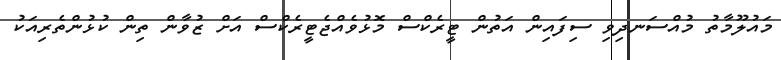
މައުލޫމާތު މުއްސަނދިވި ސިފައިން އަތުން ޓީރެކްސް މޮޅުވެއްޖެޓީރެކްސް އަށް ޒުވާން ތިން ކުޅުންތެރިއަކު